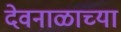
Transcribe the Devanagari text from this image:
देवनाळाच्या